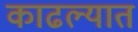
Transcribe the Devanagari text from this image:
काढल्यात